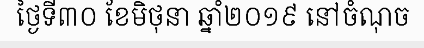
ថ្ងៃទី៣០ ខែមិថុនា ឆ្នាំ២០១៩ នៅចំណុច